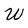
Character: W